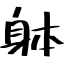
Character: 躰